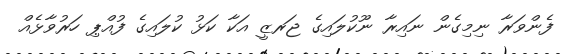
ފެންވަރާ ނިމިގެން ނައިރާ ނޫކުލައިގެ ޖަރޒީ އަކާ ކަޅު ކުލައިގެ ފުއްޕި ހަރުވާޅެއް